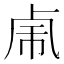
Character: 𰆆